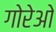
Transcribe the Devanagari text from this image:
गोरेओ